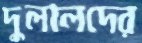
দুলালদের